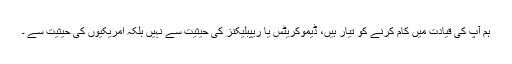
ہم آپ کی قیادت میں کام کرنے کو تیار ہیں، ڈیموکریٹس یا ریپبلیکنز کی حیثیت سے نہیں بلکہ امریکیوں کی حیثیت سے ۔